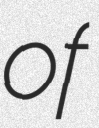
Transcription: of